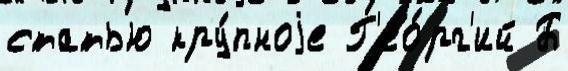
статью кру́пноjе Г'ео́рг'ий Б